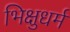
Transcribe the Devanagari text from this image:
भिक्षुधर्म